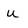
Character: u